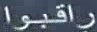
راقبوا